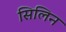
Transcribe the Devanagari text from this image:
सिलिन